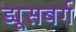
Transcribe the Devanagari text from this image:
ड्यूसबर्ग